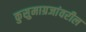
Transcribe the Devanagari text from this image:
कुसुमाग्रजांवरील